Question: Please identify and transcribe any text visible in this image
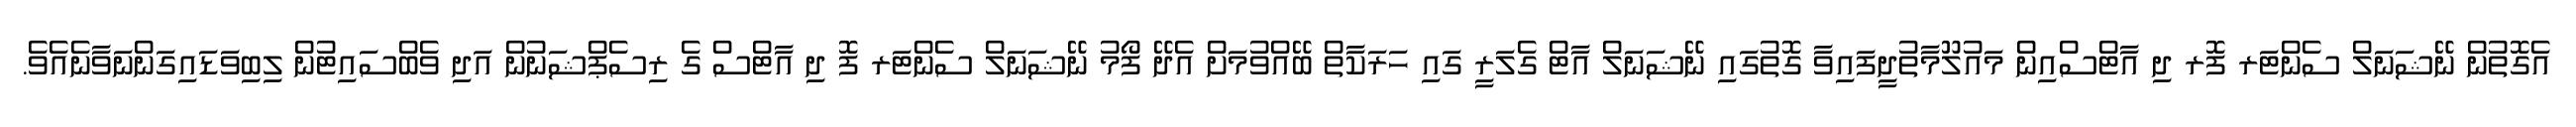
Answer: އެގޮތުން ނޭޝަނަލް ސެންޓަރ ފޮރ ދި އާޓްސްއިން މައުލޫމާތުދީފައިވާ ގޮތުގައި ނޭޝަނަލް އާޓް ގެލަރީ ގައި ހަރަކާތް ބޭއްވުމަށް އެދޭ ފޯމު ނޭޝަނަލް ސެންޓަރ ފޮ ދި އާޓްސް ގެ ރިސެޕްޝަނުން އަދި ވެބްސައިޓުން ލިބިވަޑައިގަންނަވާނެއެވެ.